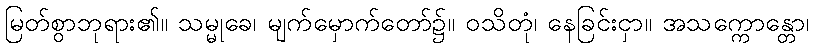
မြတ်စွာဘုရား၏။ သမ္မုခေ၊ မျက်မှောက်တော်၌။ ဝသိတုံ၊ နေခြင်းငှာ။ အသက္ကောန္တော၊